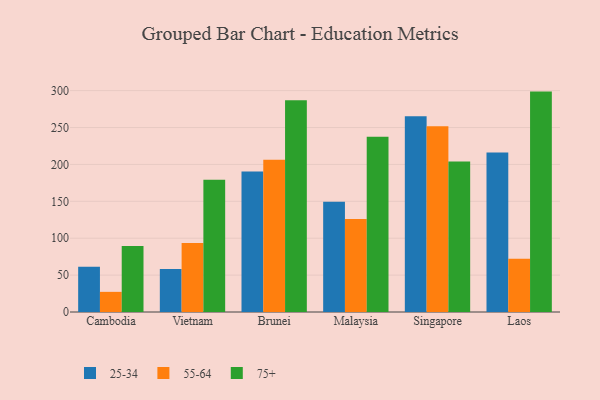
{"axis": {"x": "Country", "y": "Market Share (%)"}, "legend": ["25-34", "55-64", "75+"], "data": [{"x": "Cambodia", "y": 61.2, "type": "25-34"}, {"x": "Cambodia", "y": 27.3, "type": "55-64"}, {"x": "Cambodia", "y": 89.6, "type": "75+"}, {"x": "Vietnam", "y": 58.4, "type": "25-34"}, {"x": "Vietnam", "y": 93.4, "type": "55-64"}, {"x": "Vietnam", "y": 179.2, "type": "75+"}, {"x": "Brunei", "y": 190.5, "type": "25-34"}, {"x": "Brunei", "y": 206.3, "type": "55-64"}, {"x": "Brunei", "y": 287.0, "type": "75+"}, {"x": "Malaysia", "y": 149.3, "type": "25-34"}, {"x": "Malaysia", "y": 125.9, "type": "55-64"}, {"x": "Malaysia", "y": 237.6, "type": "75+"}, {"x": "Singapore", "y": 265.3, "type": "25-34"}, {"x": "Singapore", "y": 251.6, "type": "55-64"}, {"x": "Singapore", "y": 204.0, "type": "75+"}, {"x": "Laos", "y": 216.0, "type": "25-34"}, {"x": "Laos", "y": 72.1, "type": "55-64"}, {"x": "Laos", "y": 298.7, "type": "75+"}]}